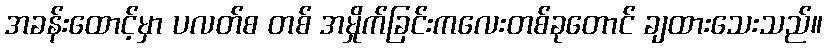
အခန်းထောင့်မှာ ပလတ်စ တစ် အမှိုက်ခြင်းကလေးတစ်ခုတောင် ချထားသေးသည်။